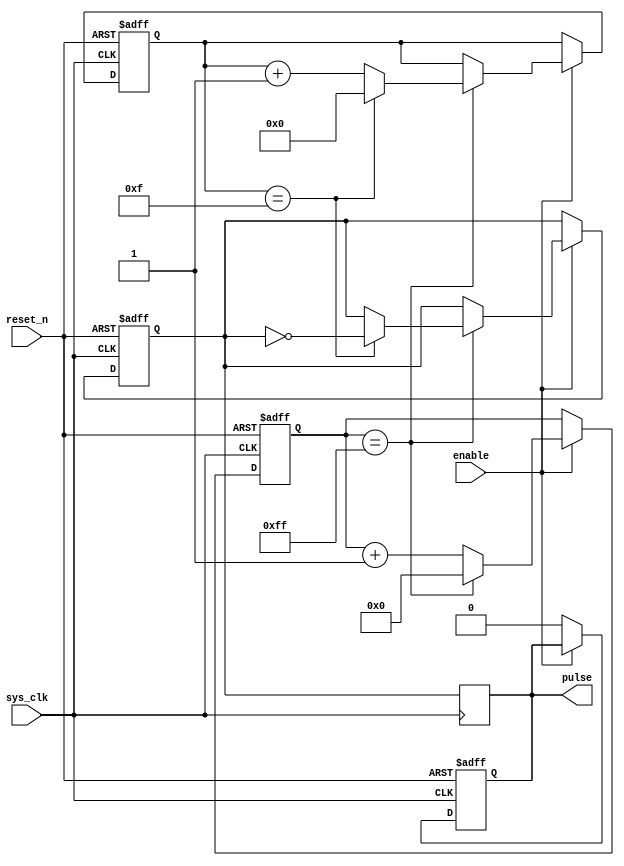
module Pulse_Generator(
      input wire sys_clk,
      input wire reset_n,
      input wire enable,
      output reg pulse
  );

  reg [7:0] counter;
  reg [3:0] divider;
  reg sync_pulse;

  always @(posedge sys_clk or negedge reset_n) begin
    if (!reset_n) begin
      counter <= 8'b0;
      divider <= 4'b0;
      sync_pulse <= 1'b0;
      pulse <= 1'b0;
    end else begin
      if (enable) begin
        if (counter == 8'hFF) begin
          counter <= 8'b0;
          if (divider == 4'hF) begin
            divider <= 4'b0;
            sync_pulse <= ~sync_pulse;
          end else begin
            divider <= divider + 1;
          end
        end else begin
          counter <= counter + 1;
        end
      end else begin
        pulse <= 1'b0;
      end
    end
  end

  always @(posedge sys_clk) begin
    pulse <= sync_pulse;
  end

endmodule